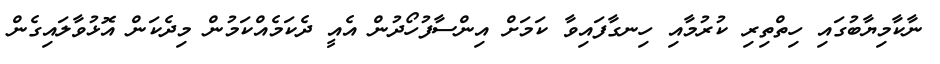
ނާކާމިޔާބުގައި ހިތްތިރި ކުރުމާއި ހިނގާފައިވާ ކަމަށް އިންސާފުހޯދުން އެއީ ދެކަމެއްކަމުން މިދެކަން އޮޅުވާލައިގެން